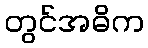
တွင်အဓိက